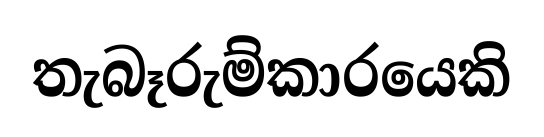
තැබෑරුම්කාරයෙකි